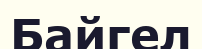
Байгел